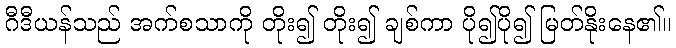
ဂီဒီယန်သည် အက်စသာကို တိုး၍ တိုး၍ ချစ်ကာ ပို၍ပို၍ မြတ်နိုးနေ၏။